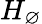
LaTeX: H_{\varnothing}